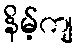
နိမ့်ကျ